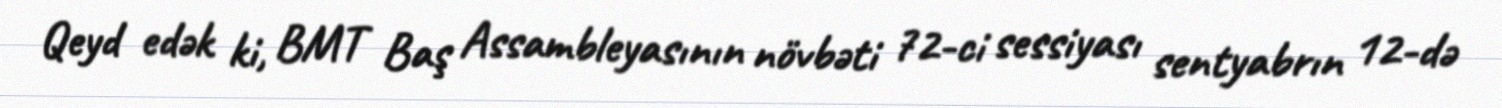
Qeyd edək ki, BMT Baş Assambleyasının növbəti 72-ci sessiyası sentyabrın 12-də